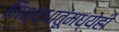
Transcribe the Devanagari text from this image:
मिश्रधातूंमध्येही